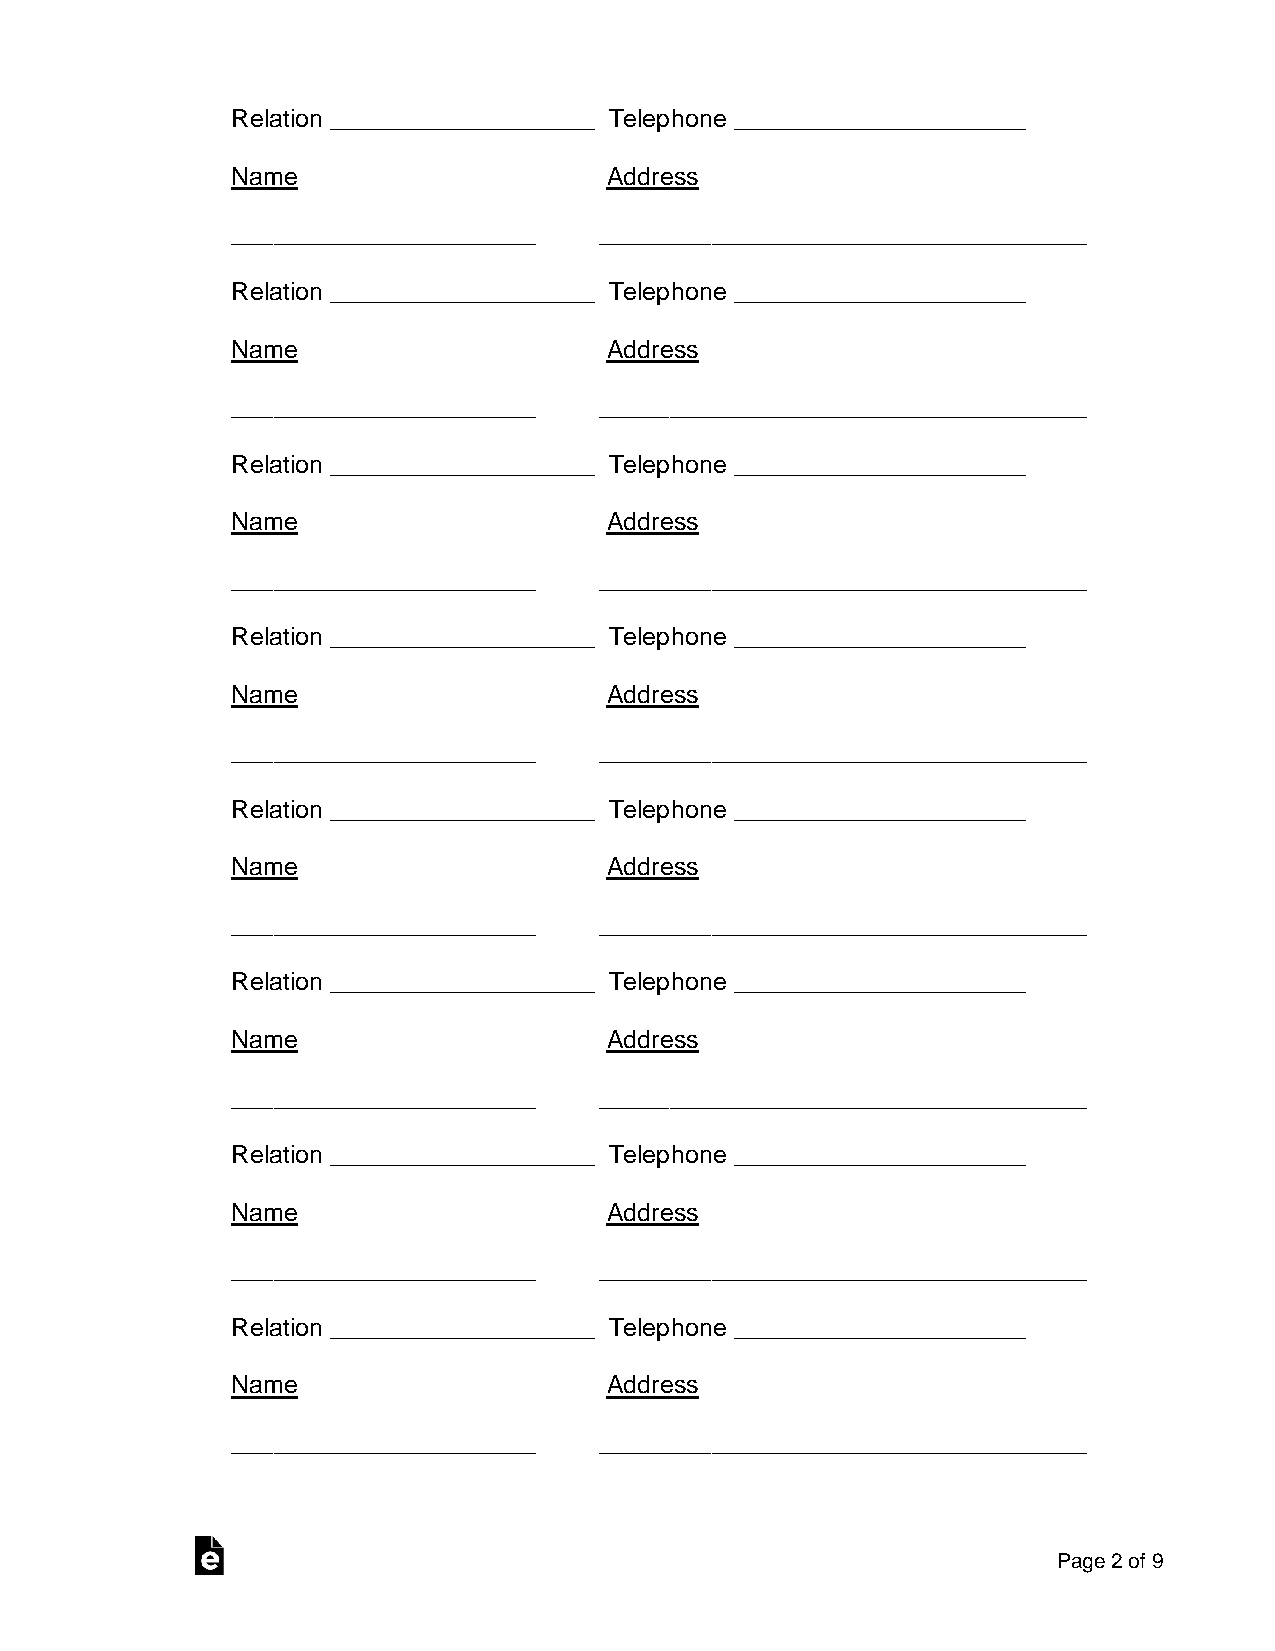
Relation ___________________ Telephone _____________________
 Name                     Address
 ______________________   ___________________________________
 Relation ___________________ Telephone _____________________
 Name                     Address
 ______________________   ___________________________________
 Relation ___________________ Telephone _____________________
 Name                     Address
 ______________________   ___________________________________
 Relation ___________________ Telephone _____________________
 Name                     Address
 ______________________   ___________________________________
 Relation ___________________ Telephone _____________________
 Name                     Address
 ______________________   ___________________________________
 Relation ___________________ Telephone _____________________
 Name                     Address
 ______________________   ___________________________________
 Relation ___________________ Telephone _____________________
 Name                     Address
 ______________________   ___________________________________
 Relation ___________________ Telephone _____________________
 Name                     Address
 ______________________   ___________________________________
 Page 2 of 9